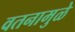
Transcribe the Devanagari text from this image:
वतनामुळे